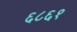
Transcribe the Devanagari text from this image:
६८६१